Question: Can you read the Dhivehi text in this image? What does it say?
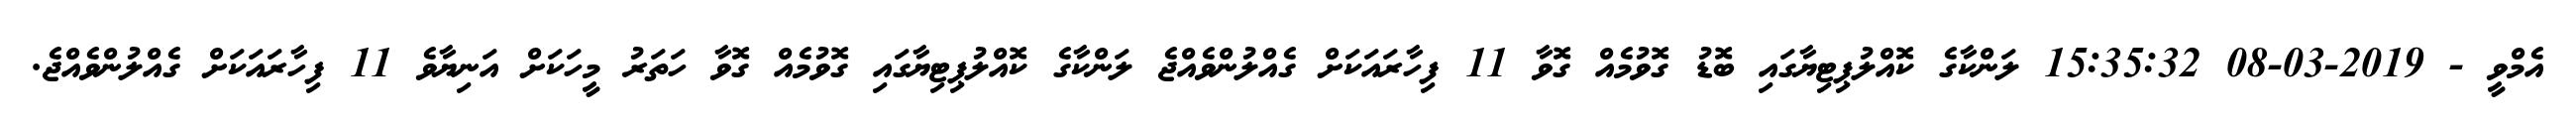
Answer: އެމްވީ - 2019-03-08 15:35:32 ލަންކާގެ ކޮއްލުޕިޓިޔާގައި ބޮޑު ގޮވުމެއް ގޮވާ 11 ފިހާރައަކަށް ގެއްލުންވެއްޖެ ލަންކާގެ ކޮއްލުޕިޓިޔާގައި ގޮވުމެއް ގޮވާ ހަތަރު މީހަކަށް އަނިޔާވެ 11 ފިހާރައަކަށް ގެއްލުންވެއްޖެ.